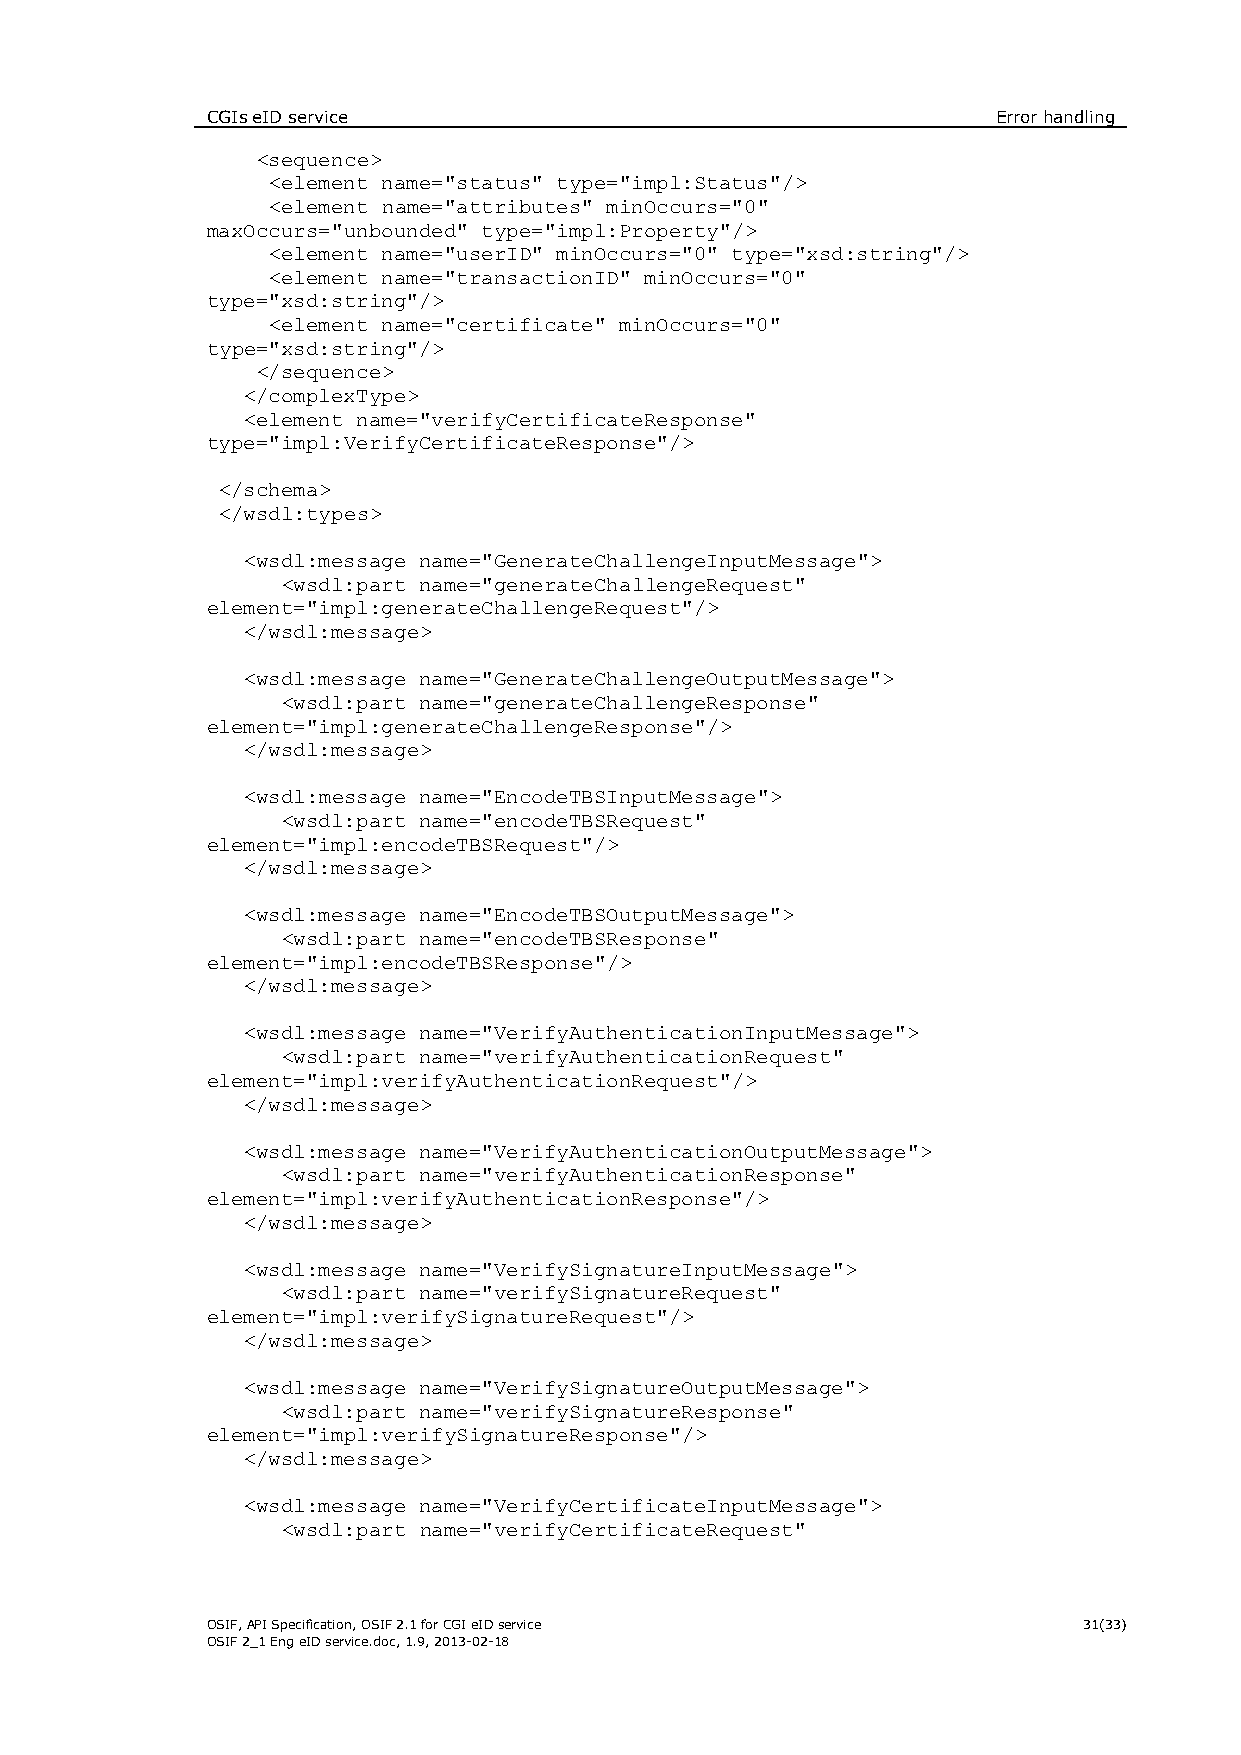
CGIs eID service                                    Error handling
 <sequence>
 <element name="status" type="impl:Status"/>
 <element name="attributes" minOccurs="0"
 maxOccurs="unbounded" type="impl:Property"/>
 <element name="userID" minOccurs="0" type="xsd:string"/>
 <element name="transactionID" minOccurs="0"
 type="xsd:string"/>
 <element name="certificate" minOccurs="0"
 type="xsd:string"/>
 </sequence>
 </complexType>
 <element name="verifyCertificateResponse"
 type="impl:VerifyCertificateResponse"/>
 </schema>
 </wsdl:types>
 <wsdl:message name="GenerateChallengeInputMessage">
 <wsdl:part name="generateChallengeRequest"
 element="impl:generateChallengeRequest"/>
 </wsdl:message>
 <wsdl:message name="GenerateChallengeOutputMessage">
 <wsdl:part name="generateChallengeResponse"
 element="impl:generateChallengeResponse"/>
 </wsdl:message>
 <wsdl:message name="EncodeTBSInputMessage">
 <wsdl:part name="encodeTBSRequest"
 element="impl:encodeTBSRequest"/>
 </wsdl:message>
 <wsdl:message name="EncodeTBSOutputMessage">
 <wsdl:part name="encodeTBSResponse"
 element="impl:encodeTBSResponse"/>
 </wsdl:message>
 <wsdl:message name="VerifyAuthenticationInputMessage">
 <wsdl:part name="verifyAuthenticationRequest"
 element="impl:verifyAuthenticationRequest"/>
 </wsdl:message>
 <wsdl:message name="VerifyAuthenticationOutputMessage">
 <wsdl:part name="verifyAuthenticationResponse"
 element="impl:verifyAuthenticationResponse"/>
 </wsdl:message>
 <wsdl:message name="VerifySignatureInputMessage">
 <wsdl:part name="verifySignatureRequest"
 element="impl:verifySignatureRequest"/>
 </wsdl:message>
 <wsdl:message name="VerifySignatureOutputMessage">
 <wsdl:part name="verifySignatureResponse"
 element="impl:verifySignatureResponse"/>
 </wsdl:message>
 <wsdl:message name="VerifyCertificateInputMessage">
 <wsdl:part name="verifyCertificateRequest"
 OSIF, API Specification, OSIF 2.1 for CGI eID service     31(33)
 OSIF 2_1 Eng eID service.doc, 1.9, 2013-02-18